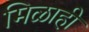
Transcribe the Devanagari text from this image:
मिळाही